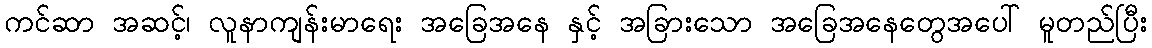
ကင်ဆာ အဆင့်၊ လူနာကျန်းမာရေး အခြေအနေ နှင့် အခြားသော အခြေအနေတွေအပေါ် မူတည်ပြီး